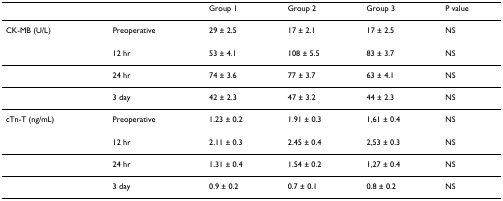
|  |  | Group 1 | Group 2 | Group 3 | P value |
 | --- | --- | --- | --- | --- | --- |
 | CK-MB (U/L) | Preoperative | 29 ± 2.5 | 17 ± 2.1 | 17 ± 2.5 | NS |
 |  | 12 hr | 53 ± 4.1 | 108 ± 5.5 | 83 ± 3.7 | NS |
 |  | 24 hr | 74 ± 3.6 | 77 ± 3.7 | 63 ± 4.1 | NS |
 |  | 3 day | 42 ± 2.3 | 47 ± 3.2 | 44 ± 2.3 | NS |
 | cTn-T (ng/mL) | Preoperative | 1.23 ± 0.2 | 1.91 ± 0.3 | 1,61 ± 0.4 | NS |
 |  | 12 hr | 2.11 ± 0.3 | 2.45 ± 0.4 | 2,53 ± 0.3 | NS |
 |  | 24 hr | 1.31 ± 0.4 | 1.54 ± 0.2 | 1,27 ± 0.4 | NS |
 |  | 3 day | 0.9 ± 0.2 | 0.7 ± 0.1 | 0.8 ± 0.2 | NS |